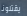
يقتلونا